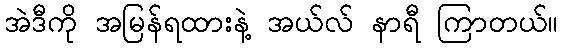
အဲဒီကို အမြန်ရထားနဲ့ အယ်လ် နာရီ ကြာတယ်။